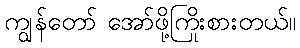
ကျွန်တော် အော်ဖို့ကြိုးစားတယ်။